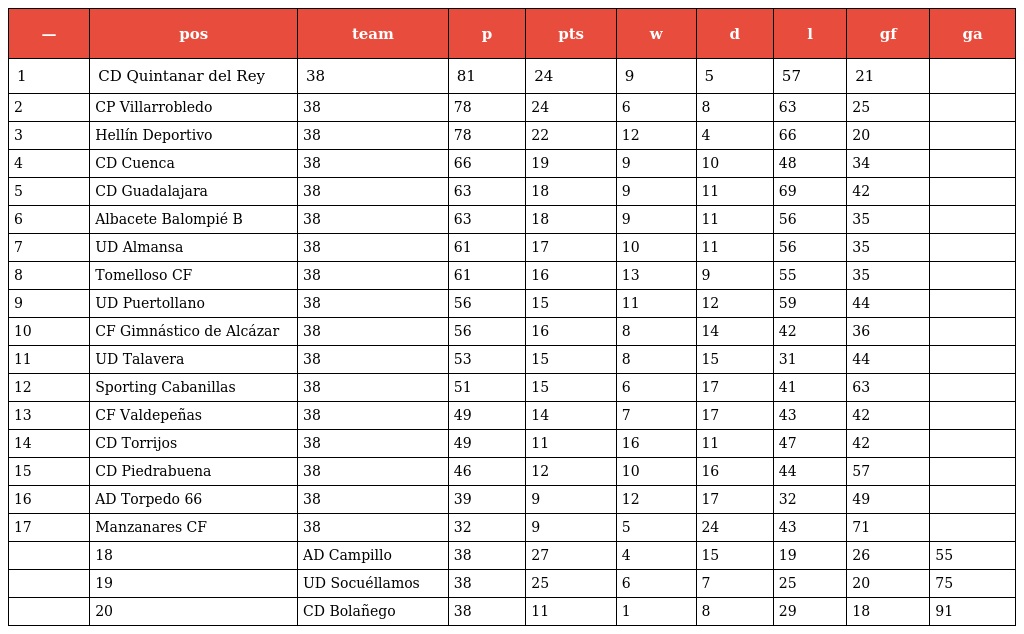
| — | pos | team | p | pts | w | d | l | gf | ga |
 | --- | --- | --- | --- | --- | --- | --- | --- | --- | --- |
 | 1 | CD Quintanar del Rey | 38 | 81 | 24 | 9 | 5 | 57 | 21 |  |
 | 2 | CP Villarrobledo | 38 | 78 | 24 | 6 | 8 | 63 | 25 |  |
 | 3 | Hellín Deportivo | 38 | 78 | 22 | 12 | 4 | 66 | 20 |  |
 | 4 | CD Cuenca | 38 | 66 | 19 | 9 | 10 | 48 | 34 |  |
 | 5 | CD Guadalajara | 38 | 63 | 18 | 9 | 11 | 69 | 42 |  |
 | 6 | Albacete Balompié B | 38 | 63 | 18 | 9 | 11 | 56 | 35 |  |
 | 7 | UD Almansa | 38 | 61 | 17 | 10 | 11 | 56 | 35 |  |
 | 8 | Tomelloso CF | 38 | 61 | 16 | 13 | 9 | 55 | 35 |  |
 | 9 | UD Puertollano | 38 | 56 | 15 | 11 | 12 | 59 | 44 |  |
 | 10 | CF Gimnástico de Alcázar | 38 | 56 | 16 | 8 | 14 | 42 | 36 |  |
 | 11 | UD Talavera | 38 | 53 | 15 | 8 | 15 | 31 | 44 |  |
 | 12 | Sporting Cabanillas | 38 | 51 | 15 | 6 | 17 | 41 | 63 |  |
 | 13 | CF Valdepeñas | 38 | 49 | 14 | 7 | 17 | 43 | 42 |  |
 | 14 | CD Torrijos | 38 | 49 | 11 | 16 | 11 | 47 | 42 |  |
 | 15 | CD Piedrabuena | 38 | 46 | 12 | 10 | 16 | 44 | 57 |  |
 | 16 | AD Torpedo 66 | 38 | 39 | 9 | 12 | 17 | 32 | 49 |  |
 | 17 | Manzanares CF | 38 | 32 | 9 | 5 | 24 | 43 | 71 |  |
 |  | 18 | AD Campillo | 38 | 27 | 4 | 15 | 19 | 26 | 55 |
 |  | 19 | UD Socuéllamos | 38 | 25 | 6 | 7 | 25 | 20 | 75 |
 |  | 20 | CD Bolañego | 38 | 11 | 1 | 8 | 29 | 18 | 91 |